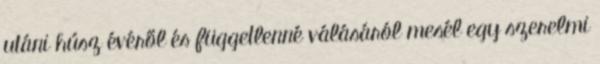
utáni húsz évéről és függetlenné válásáról mesél egy szerelmi